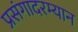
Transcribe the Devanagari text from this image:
प्रसंगादरम्यान